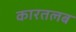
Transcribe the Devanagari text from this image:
कारतलब